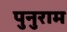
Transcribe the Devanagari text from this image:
पुनुराम